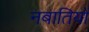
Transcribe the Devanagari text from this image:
नबातियों